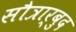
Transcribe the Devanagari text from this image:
सौत्रार्बुद